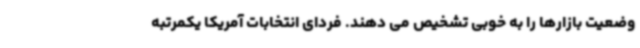
وضعیت بازارها را به خوبی تشخیص می دهند. فردای انتخابات آمریکا یکمرتبه